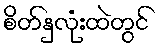
စိတ်နှလုံးထဲတွင်